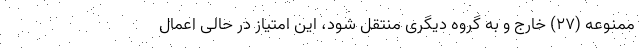
ممنوعه (۲۷) خارج و به گروه دیگری منتقل شود، این امتیاز در حالی اعمال